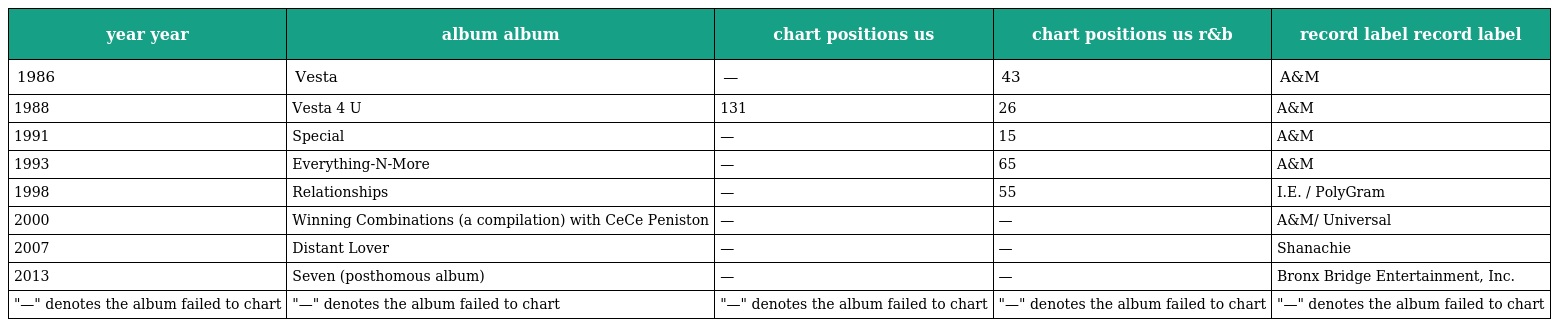
| year year | album album | chart positions us | chart positions us r&b | record label record label |
 | --- | --- | --- | --- | --- |
 | 1986 | Vesta | — | 43 | A&M |
 | 1988 | Vesta 4 U | 131 | 26 | A&M |
 | 1991 | Special | — | 15 | A&M |
 | 1993 | Everything-N-More | — | 65 | A&M |
 | 1998 | Relationships | — | 55 | I.E. / PolyGram |
 | 2000 | Winning Combinations (a compilation) with CeCe Peniston | — | — | A&M/ Universal |
 | 2007 | Distant Lover | — | — | Shanachie |
 | 2013 | Seven (posthomous album) | — | — | Bronx Bridge Entertainment, Inc. |
 | "—" denotes the album failed to chart | "—" denotes the album failed to chart | "—" denotes the album failed to chart | "—" denotes the album failed to chart | "—" denotes the album failed to chart |